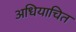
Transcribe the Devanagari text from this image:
अधियाचित